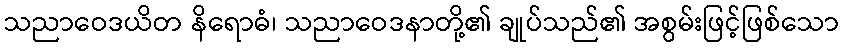
သညာဝေဒယိတ နိရောဓံ၊ သညာဝေဒနာတို့၏ ချုပ်သည်၏ အစွမ်းဖြင့်ဖြစ်သော